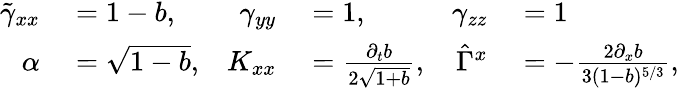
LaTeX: \begin{array}{rlrlrl}{\tilde{\gamma}_{xx}}&{{}=1-b,}&{\gamma_{yy}}&{{}=1,}&{\gamma_{zz}}&{{}=1}\\ {\alpha}&{{}=\sqrt{1-b},}&{K_{xx}}&{{}=\frac{\partial_{t}b}{2\sqrt{1+b}},}&{\hat{\Gamma}^{x}}&{{}=-\frac{2\partial_{x}b}{3(1-b)^{5/3}},}\end{array}